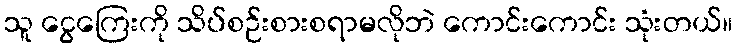
သူ ငွေကြေးကို သိပ်စဉ်းစားစရာမလိုဘဲ ကောင်းကောင်း သုံးတယ်။